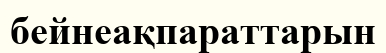
бейнеақпараттарын